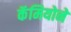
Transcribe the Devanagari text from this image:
कॅमियोने